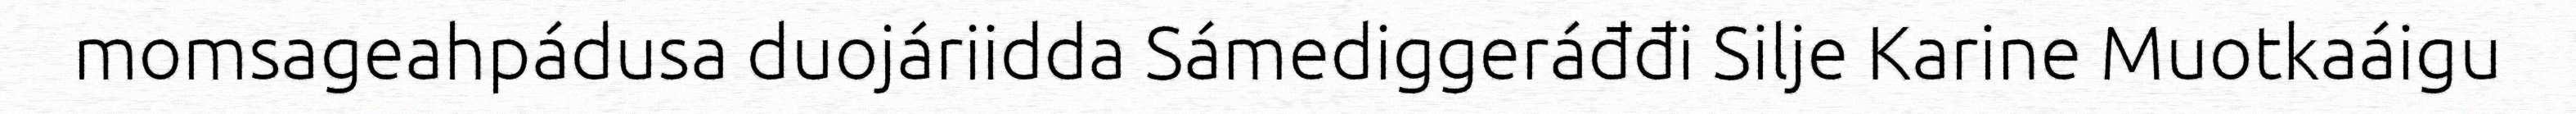
momsageahpádusa duojáriidda Sámediggeráđđi Silje Karine Muotkaáigu